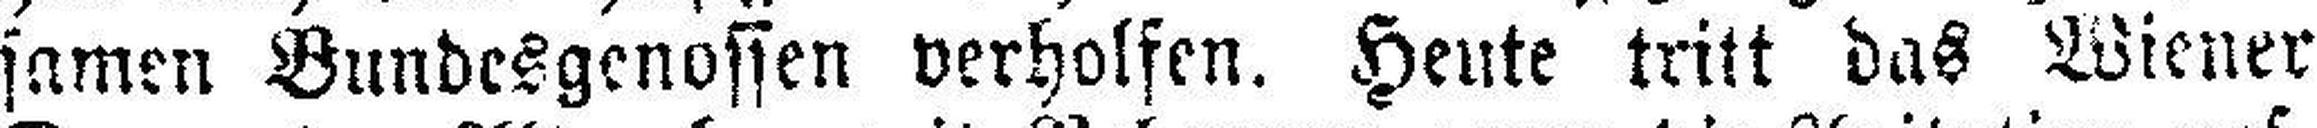
samen Bundesgenossen verholfen. Heute tritt das Wiener